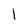
Character: 1